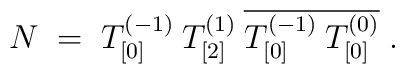
N \;=\; T^{(-1)}_{[0]}\: T^{(1)}_{[2]}\: \overline{T^{(-1)}_{[0]}\:T^{(0)}_{[0]}}\;.